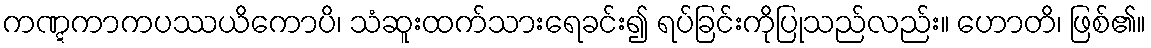
ကဏ္ဋကာကပဿယိကောပိ၊ သံဆူးထက်သားရေခင်း၍ ရပ်ခြင်းကိုပြုသည်လည်း။ ဟောတိ၊ ဖြစ်၏။